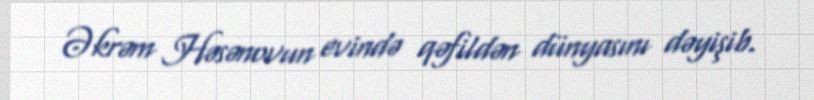
Əkrəm Həsənovun evində qəfildən dünyasını dəyişib.